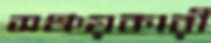
সঞ্চয়কারী